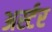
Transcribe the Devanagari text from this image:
अर्स्टर